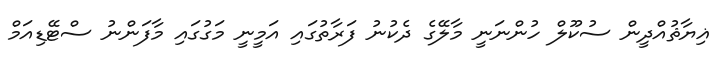
ޣިޔާޘުއްދީން ސުކޫލް ހުންނަނީ މާލޭގެ ދެކުނު ފަރާތުގައި އަމީނީ މަގުގައި މާފަންނު ސްޓޭޑިއަމް